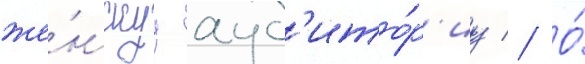
же́нскуу ауд'ито́р'иу // О́